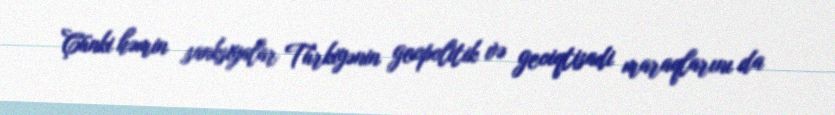
Çünki həmin sanksiyalar Türkiyənin geopolitik və geoiqtisadi maraqlarını da